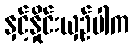
နှင့်နှိုင်းယှဉ်ပါက